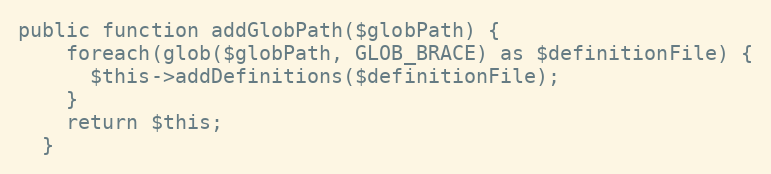
Language: PHP
public function addGlobPath($globPath) {
    foreach(glob($globPath, GLOB_BRACE) as $definitionFile) {
      $this->addDefinitions($definitionFile);
    }
    return $this;
  }